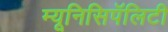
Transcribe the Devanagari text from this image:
म्यूनिसिपॅलिटी